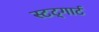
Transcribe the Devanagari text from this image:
स्टट्गार्ट